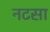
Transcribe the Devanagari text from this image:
नटसा